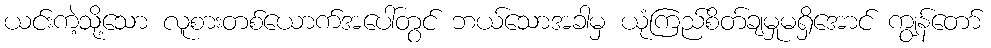
ယင်းကဲ့သို့သော လူစားတစ်ယောက်အပေါ်တွင် ဘယ်သောအခါမှ ယုံကြည်စိတ်ချမှုမရှိအောင် ကျွန်တော်